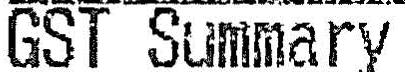
GST SUMMARY